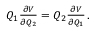
\begin{array} { r } { Q _ { 1 } \frac { \partial V } { \partial Q _ { 2 } } = Q _ { 2 } \frac { \partial V } { \partial Q _ { 1 } } \, . } \end{array}